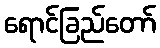
ရောင်ခြည်တော်